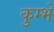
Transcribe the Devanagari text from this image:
कुम्भे